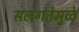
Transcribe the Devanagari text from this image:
सलगतेमुळे